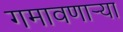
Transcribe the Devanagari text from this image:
गमावणार्‍या